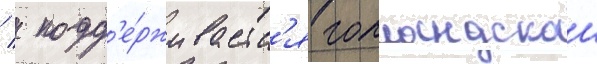
  подд'е́рживаетс'я голландскои